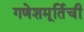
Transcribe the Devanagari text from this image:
गणेशमूर्तिची